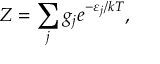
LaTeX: Z = \sum _ { j } g _ { j } e ^ { - \varepsilon _ { j } / k T } ,